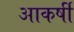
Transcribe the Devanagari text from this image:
आकर्षी